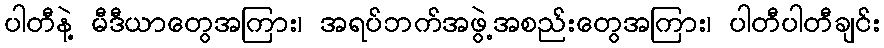
ပါတီနဲ့ မီဒီယာတွေအကြား၊ အရပ်ဘက်အဖွဲ့အစည်းတွေအကြား၊ ပါတီပါတီချင်း